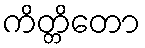
ကိတ္တိတော